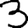
Digit: 3